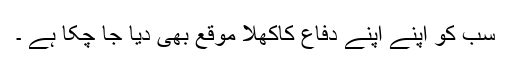
سب کو اپنے اپنے دفاع کاکھلا موقع بھی دیا جا چکا ہے ۔